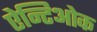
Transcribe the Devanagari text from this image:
ऐन्टिओक